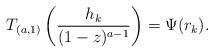
LaTeX: \begin{align*}T_{(a,1)} \left( \frac{h_k}{(1-z)^{a-1}}\right) = \Psi(r_k).\end{align*}